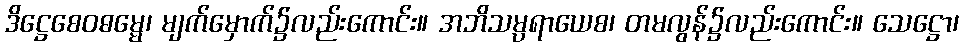
ဒိဋ္ဌေစေဝဓမ္မေ၊ မျက်မှောက်၌လည်းကောင်း။ အဘိသမ္ပရာယေစ၊ တမလွန်၌လည်းကောင်း။ သေဋ္ဌော၊